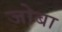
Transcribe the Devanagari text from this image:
जोबा